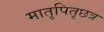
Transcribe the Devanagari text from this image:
मातृपितृछत्र